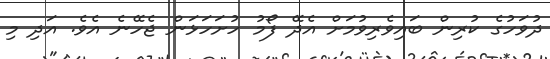
ދުވަހުގެ ކުރިން ބައިވެރިވުމަށް އެދޭ ފޯމު ހުށަހަޅަން ޖެހޭނެ އެވެ. އަދި މި